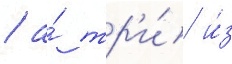
/ а́ тр'и́ и́з